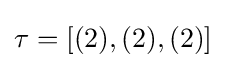
\tau =[(2),(2),(2)]